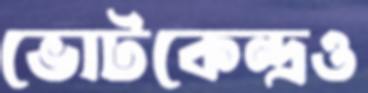
ভোটকেন্দ্রও